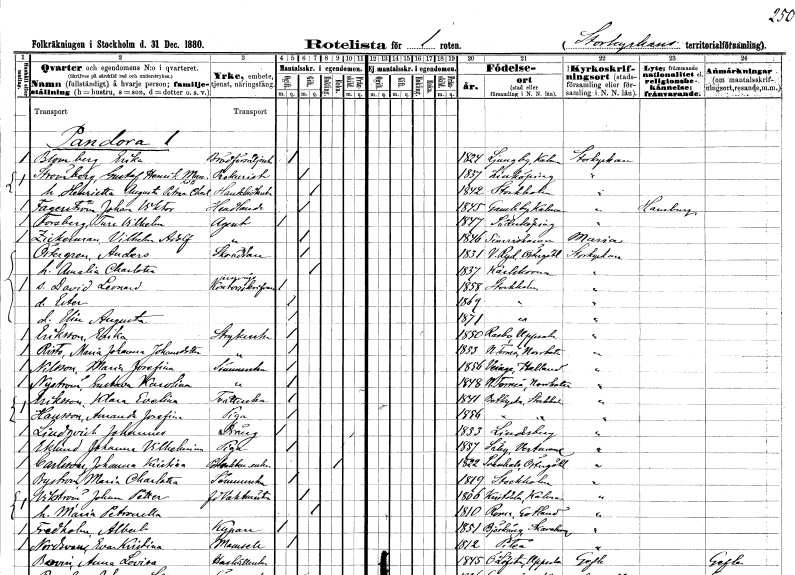
gt_parse: households: individuals: FN: Erika
EN: Blomberg
YRKE: Brödförsäljerska
KON: K
CIV: O
FODAR: 1824
FODFORS: Ljungby Kalmar län
FN: Gustaf Henrik Mauritz
EN: Strömberg
YRKE: Prokurist
KON: M
CIV: G
FODAR: 1857
FODFORS: Linköping Östergötlands län
FN: Henrietta Augusta Petronella Charlotta
KON: K
CIV: G
FODAR: 1842
FODFORS: Stockholm
FN: Johan Viktor
EN: Fagerström
YRKE: Handlande
KON: M
CIV: O
FODAR: 1845
FODFORS: Gamleby Kalmar län
FN: Ture Vilhelm
EN: Forsberg
YRKE: Agent
KON: M
CIV: O
FODAR: 1847
FODFORS: Söderköping Östergötlands län
FN: Vilhelm Adolf
EN: Zickerman
YRKE: Agent
KON: M
CIV: O
FODAR: 1846
FODFORS: Simrishamn Kristianstads län
FN: Anders
EN: Östergren
YRKE: Skräddare
KON: M
CIV: G
FODAR: 1831
FODFORS: Västra Ryd Östergötlands län
FN: Amalia Charlotta
KON: K
CIV: G
FODAR: 1837
FODFORS: Karlskrona Blekinge län
FN: David Leonard
YRKE: Järnvägskontorsskrivare
KON: M
CIV: O
FODAR: 1858
FODFORS: Stockholm
FN: Ester
KON: K
CIV: O
FODAR: 1869
FODFORS: Stockholm
FN: Elin Augusta
KON: K
CIV: O
FODAR: 1871
FODFORS: Stockholm
FN: Erika
EN: Eriksson
YRKE: Strykerska
KON: K
CIV: O
FODAR: 1850
FODFORS: Rasbo Uppsala län
FN: Maria Johanna
EN: Risto Johansdotter
YRKE: Strykerska
KON: K
CIV: O
FODAR: 1853
FODFORS: Nedertorneå Norrbottens län
FN: Maria Josefina
EN: Nilsson
YRKE: Sömmerska
KON: K
CIV: O
FODAR: 1856
FODFORS: Veinge Hallands län
FN: Gustava Karolina
EN: Nyström
YRKE: Sömmerska
KON: K
CIV: O
FODAR: 1848
FODFORS: Nedertorneå Norrbottens län
FN: Klara Evelina
EN: Eriksson
YRKE: Tvätterska
KON: K
CIV: O
FODAR: 1841
FODFORS: Botkyrka Stockholms län
FN: Amanda Josefina
EN: Hansson
YRKE: Piga
KON: K
CIV: O
FODAR: 1856
FODFORS: Botkyrka Stockholms län
FN: Johannes
EN: Lindqvist
YRKE: Dräng
KON: M
CIV: O
FODAR: 1853
FODFORS: Lindesberg Örebro län
FN: Johanna Vilhelmina
EN: Eklund
YRKE: Piga
KON: K
CIV: O
FODAR: 1857
FODFORS: Säby Västmanlands län
FN: Johanna Kristina
EN: Carlsson
YRKE: Portvaktareänka
KON: K
CIV: E
FODAR: 1822
FODFORS: Svanshals Östergötlands län
FN: Maria Charlotta
EN: Byström
YRKE: Sömmerska
KON: K
CIV: O
FODAR: 1819
FODFORS: Stockholm
FN: Johan Petter
EN: Vikström
YRKE: Vaktmästare f.d.
KON: M
CIV: G
FODAR: 1806
FODFORS: Kristdala Kalmar län
FN: Maria Petronella
KON: K
CIV: G
FODAR: 1810
FODFORS: Rone Gotlands län